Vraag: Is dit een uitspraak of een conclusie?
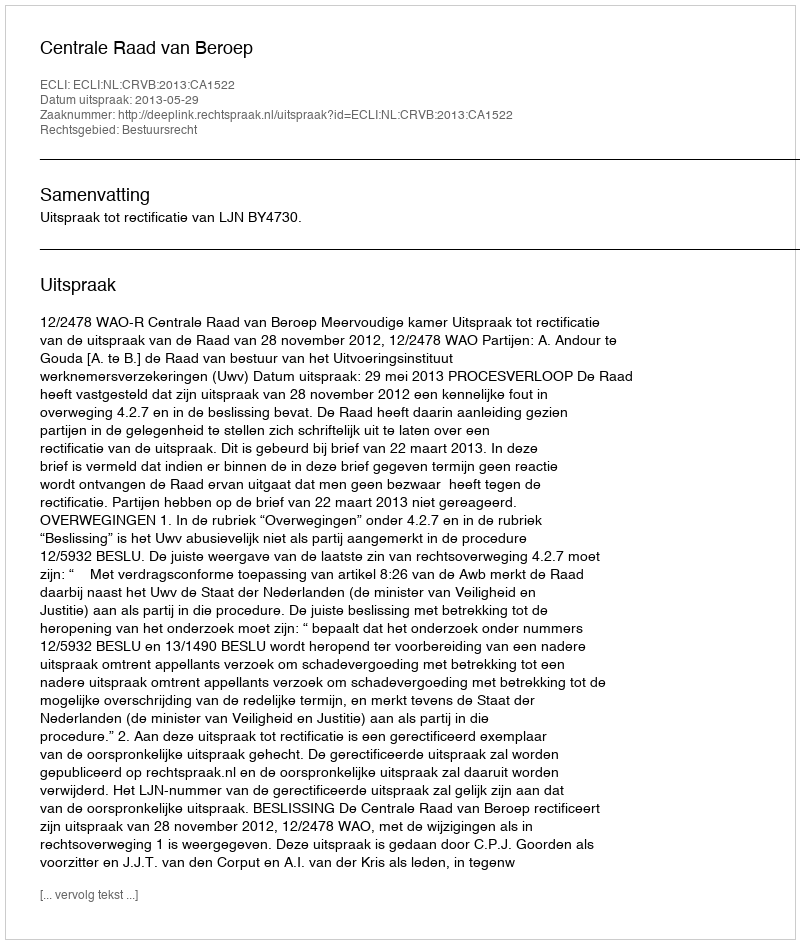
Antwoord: Uitspraak